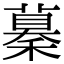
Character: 𥢞